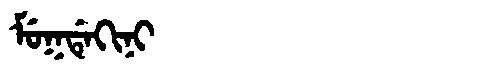
Manchu: ᠮᡠᡴᡩᡝᡴᡳᠨᡳ
Romanization: MUKDEKINI